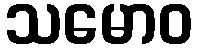
သမောဝ